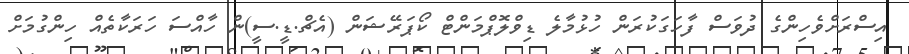
އިސްރަށްވެހިންގެ ދުވަސް ފާހަގަކުރަން ހުޅުމާލެ ޑިވްލޮޕްމަންޓް ކޯޕަރޭޝަން (އެޗް.ޑީ.ސީ)ން ހާއްސަ ހަރަކާތެއް ހިންގުމަށް